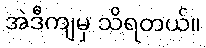
အဲဒီကျမှ သိရတယ်။